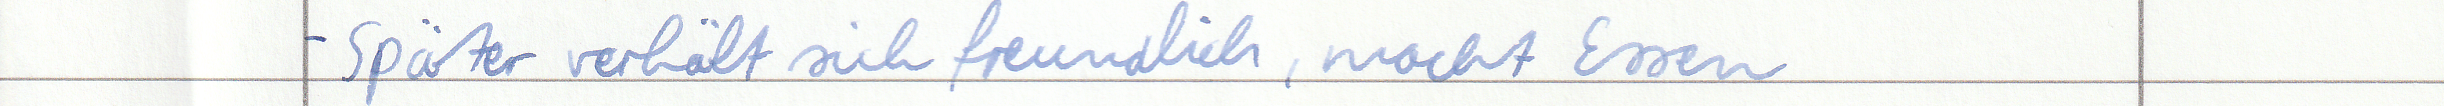
- Später verhält sich freundlich, macht Essen